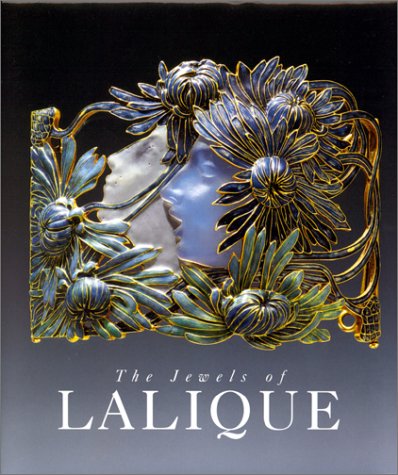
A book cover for The Jewels of Lalique; Yvonne Brunhammer; Crafts, Hobbies & Home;